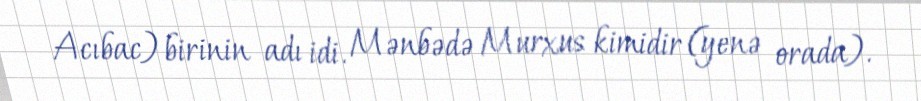
Acıbac) birinin adı idi. Mənbədə Murxus kimidir (yenə orada).